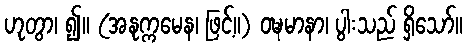
ဟုတွာ၊ ၍။ (အနုက္ကမေန၊ ဖြင့်။) ဝဍ္ဎမာနာ၊ ပွါးသည် ရှိသော်။